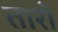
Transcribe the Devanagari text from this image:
तारोँ